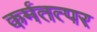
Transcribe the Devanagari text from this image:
कर्मतत्पर